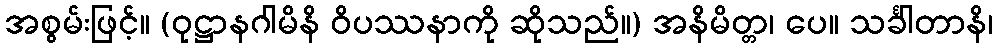
အစွမ်းဖြင့်။ (ဝုဋ္ဌာနဂါမိနိ ဝိပဿနာကို ဆိုသည်။) အနိမိတ္တ၊ ပေ။ သင်္ခါတာနိ၊